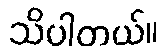
သိပါတယ်။